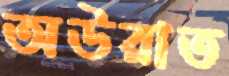
অউরাত